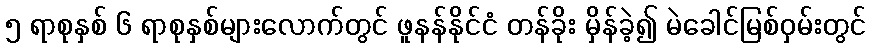
၅ ရာစုနှစ် ၆ ရာစုနှစ်များလောက်တွင် ဖူနန်နိုင်ငံ တန်ခိုး မှိန်ခဲ့၍ မဲခေါင်မြစ်ဝှမ်းတွင်